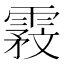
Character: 𬰇